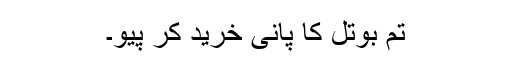
تم بوتل کا پانی خرید کر پیو۔